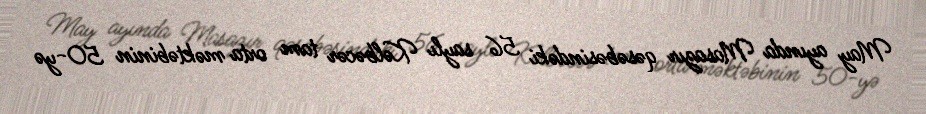
May ayında Masazır qəsəbəsindəki 56 saylı Kəlbəcər tam orta məktəbinin 50-yə